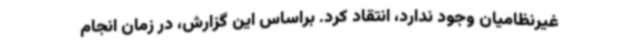
غیرنظامیان وجود ندارد، انتقاد کرد. براساس این گزارش، در زمان انجام